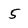
Character: 5